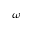
\omega